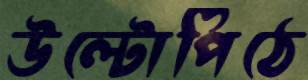
উল্টোপিঠে